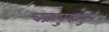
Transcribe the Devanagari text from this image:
चक्रवुव्हातुन